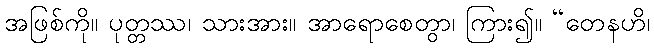
အဖြစ်ကို။ ပုတ္တဿ၊ သားအား။ အာရောစေတွာ၊ ကြား၍။ “တေနဟိ၊